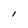
Character: l